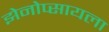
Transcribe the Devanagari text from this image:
झेनोप्सायला